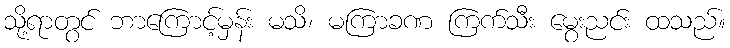
သို့ရာတွင် ဘာကြောင့်မှန်း မသိ၊ မကြာခဏ ကြက်သီး မွေးညင်း ထသည်။